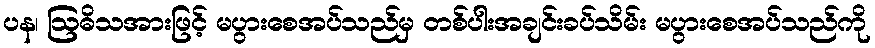
ပန၊ ဩဓိသအားဖြင့် မပွားစေအပ်သည်မှ တစ်ပါးအချင်းခပ်သိမ်း မပွားစေအပ်သည်ကို